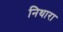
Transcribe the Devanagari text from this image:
निथारा